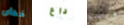
خطأى داع ويلدن